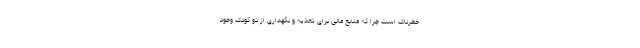
خطرناک است چرا که منابع مالی برای تغذیه و نگهداری از دو کودک وجود